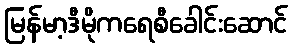
မြန်မာ့ဒီမိုကရေစီခေါင်းဆောင်